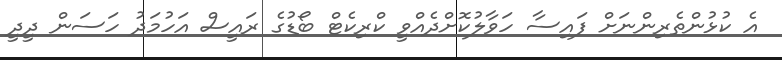
އެ ކުޅުންތެރިންނަށް ފައިސާ ހަވާލުކޮށްދެއްވީ ކްރިކެޓް ބޯޑުގެ ރައީސް އަހުމަދު ހަސަން ދީދީ